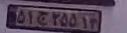
۵۱ج۲۵۵۱۳